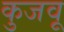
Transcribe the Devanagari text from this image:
कुजवू